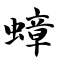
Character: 蟑